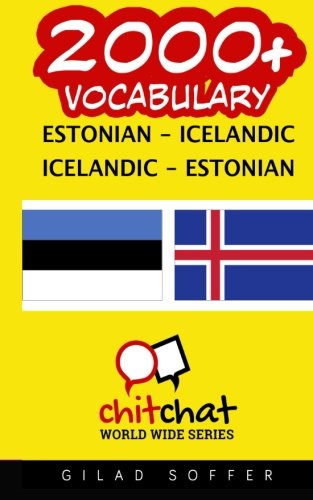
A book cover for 2000+ Estonian - Icelandic Icelandic - Estonian Vocabulary (Estonian Edition); Gilad Soffer; Travel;